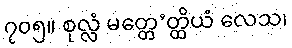
၇၀၅။ စုလ္လံ မတ္တေ’တ္ထိယံ လေသ၊